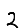
Digit: 2